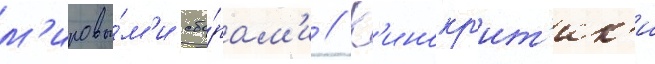
м'ировы́м'и сбо́рам'и // К'инокр'ит'ик'и